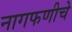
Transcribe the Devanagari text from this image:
नागफणीचे